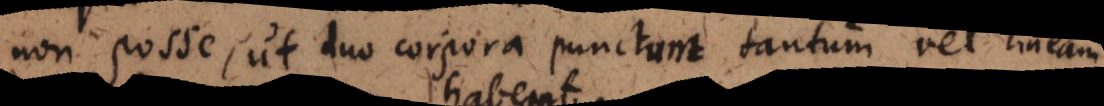
non posse, ut duo corpora punctum tantum vel lineam